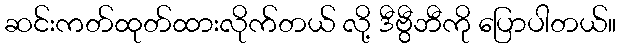
ဆင်းကတ်ထုတ်ထားလိုက်တယ် လို့ ဒီဗွီဘီကို ပြောပါတယ်။